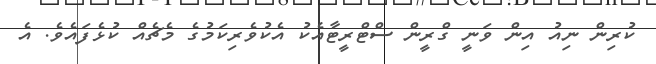
ކުރިން ނިއު އިން ވަނީ ގްރީން ސްޓްރީޓާއެކު އެކުވެރިކަމުގެ މެޗެއް ކުޅެފައެވެ. އެ